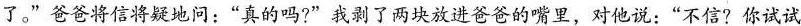
了。”爸爸将信将疑地问：”真的吗?”我剥了两块放进爸爸的嘴里，对他说：”不信?你试试